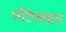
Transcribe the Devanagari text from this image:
प्रतिअहत